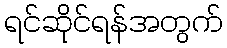
ရင်ဆိုင်ရန်အတွက်